Civil Veterinary Department. Central Provinces & Berar 1932-41 - 1932-1941
Year: 1932
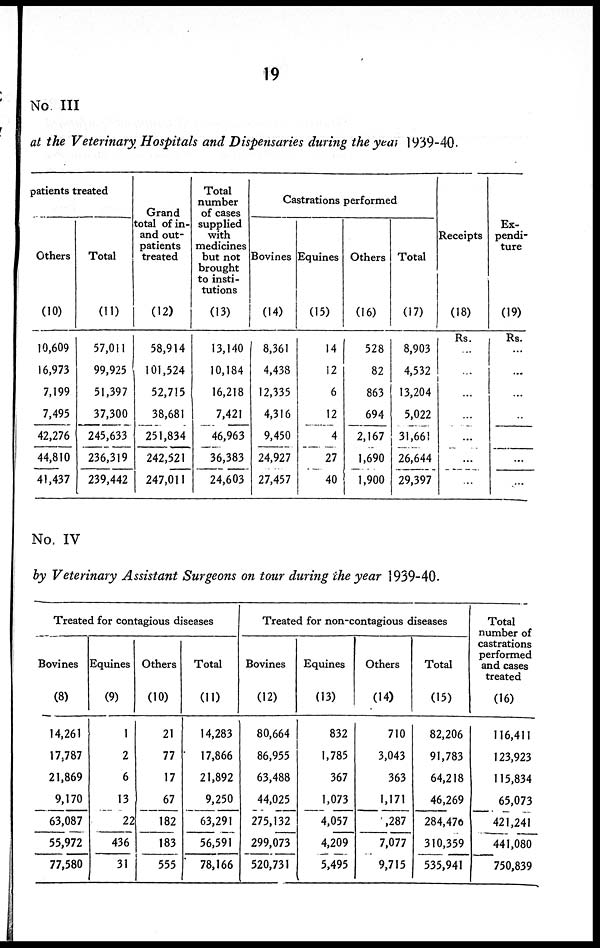
19
No III
at the Veterinary Hospitals and Dispensaries during the year 1939-40.
patients treated
Others
(10)
10,609
16,973
7,199
7,495
42,276
44,810
41,437
Total
(11)
57,011
99,925
51,397
37,300
245,633
236,319
239,442
Grand
total of in-
and out-
patients
treated
(12)
58,914
101,524
52,715
38,681
251,834
242,521
247,011
Total
number
of cases
supplied
with
medicines
but not
brought
to insti-
tutions (13)
13,140
10,184
16,218
7,421
46,963
36,383
24,603
Castrations performed
Bovines
(14)
8,361
4,438
12,335
4,316
9,450
24,927
27,457
Equines
(15)
14
12
6
12
4
27
40
Others
(16)
528
82
863
694
2,167
1,690
1,900
Total
(17)
8,903
4,532
13,204
5,022
31,661
26,644
29,397
Receipts
(18)
Rs.
...
...
...
...
...
...
...
Ex-
pendi-
ture
(19)
Rs.
...
...
...
...
...
...
...
No. IV
by Veterinary Assistant Surgeons on tour during the year 1939-40.
Treated for contagious diseases
Bovines
(8)
14,261
17,787
21,869
9,170
63,087
55,972
77,580
Equines
(9)
1
2
6
13
22
436
31
Others
(10)
21
77
17
67
182
183
555
Total
(11)
14,283
17,866
21,892
9,250
63,291
56,591
78,166
Treated for non-contagious diseases
Bovines
(12)
80,664
86,955
63,488
44,025
275,132
299,073
520,731
Equines
(13)
832
1,785
367
1,073
4,057
4,209
5,495
Others
(14)
710
3,043
363
1,171
,287
7,077
9,715
Total
(15)
82,206
91,783
64,218
46,269
284,476
310,359
535,941
Total
number of
castrations
performed
and cases
treated
(16)
116,411
123,923
115,834
65,073
421,241
441,080
750,839